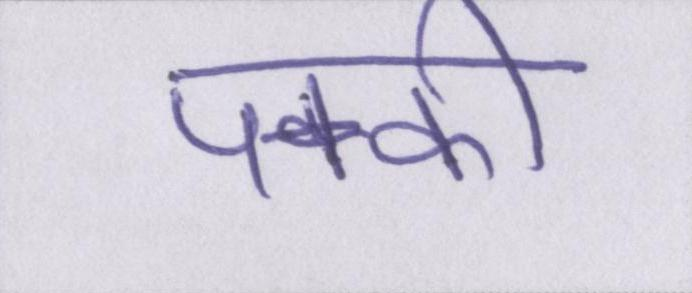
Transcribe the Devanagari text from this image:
पक्की